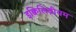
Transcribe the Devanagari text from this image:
इक्विलिब्रीयम